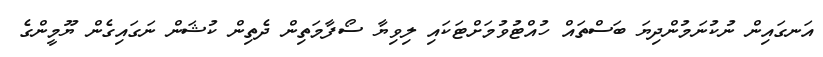
އަނގައިން ނުކުނަމުންދިޔަ ބަސްތައް ހުއްޓުވުމަށްޓަކައި ލިވިޔާ ސޯފާމަތިން ދެތިން ކުޝަން ނަގައިގެން ޔޫމީންގެ